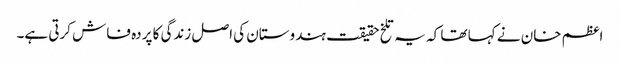
اعظم خان نے کہا تھا کہ یہ تلخ حقیقت ہندوستان کی اصل زندگی کا پردہ فاش کرتی ہے۔